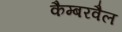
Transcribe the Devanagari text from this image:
कैम्बरवैल